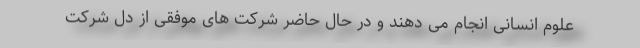
علوم انسانی انجام می دهند و در حال حاضر شرکت های موفقی از دل شرکت